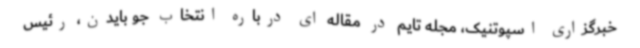
خبرگزاری اسپوتنیک، مجله تایم در مقاله ای درباره انتخاب جو بایدن، رئیس